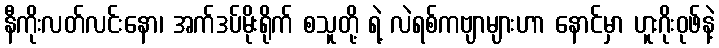
နီကိုးလတ်လင်းနော၊ အက်ဒပ်မိုးရိုက် စသူတို့ ရဲ့ လဲရစ်ကဗျာများဟာ နောင်မှာ ဟူးဂိုးဝုဖ်နဲ့